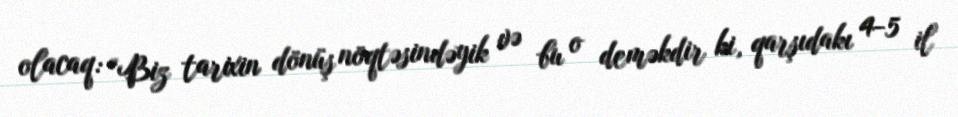
olacaq: “Biz tarixin dönüş nöqtəsindəyik və bu o deməkdir ki, qarşıdakı 4-5 il